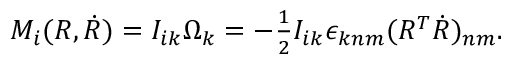
\begin{array} { r } { M _ { i } ( R , \dot { R } ) = I _ { i k } \Omega _ { k } = - \frac 1 2 I _ { i k } \epsilon _ { k n m } ( R ^ { T } \dot { R } ) _ { n m } . } \end{array}